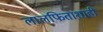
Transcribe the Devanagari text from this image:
लालफिताशाही